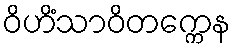
ဝိဟိံသာဝိတက္ကေန